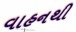
વાહનથી